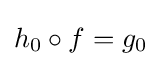
h_{0}\circ f=g_{0}